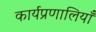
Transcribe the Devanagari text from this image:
कार्यप्रणालियाँ